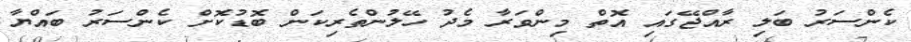
ކެންސަރު ބަލި ރާއްޖޭގައި އޮތް މިންވަރާ މެދު ހޭލުންތެރިކަން ބޮޑުކޮށް ކެންސަރު ބައްޔާ